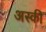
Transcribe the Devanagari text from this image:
अस्की